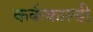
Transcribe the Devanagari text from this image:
कर्ककाल्डी